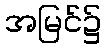
အမြင်၌